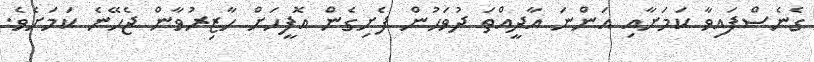
ގެނެސްފައިވާ ކަމަށާއި އަންނަ އާދީއްތަ ދުވަހުން ފެށިގެން އޮފީހަށް ހާޒިރުވާން ޖެހޭނެ ކަމަށެވެ.